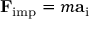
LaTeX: \mathbf { F } _ { \mathrm { i m p } } = m \mathbf { a } _ { \mathrm { i } }